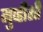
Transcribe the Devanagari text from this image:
मुव्हीशी